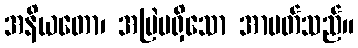
အနိယတော၊ အမြဲမရှိသော အာပတ်သည်။